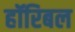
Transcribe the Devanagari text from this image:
हॉरिबल